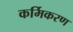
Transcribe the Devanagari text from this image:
कर्मिकरण